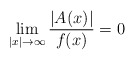
\begin{align*}\lim_{|x|\to \infty} \frac{|A(x)|}{f(x)}=0 \end{align*}